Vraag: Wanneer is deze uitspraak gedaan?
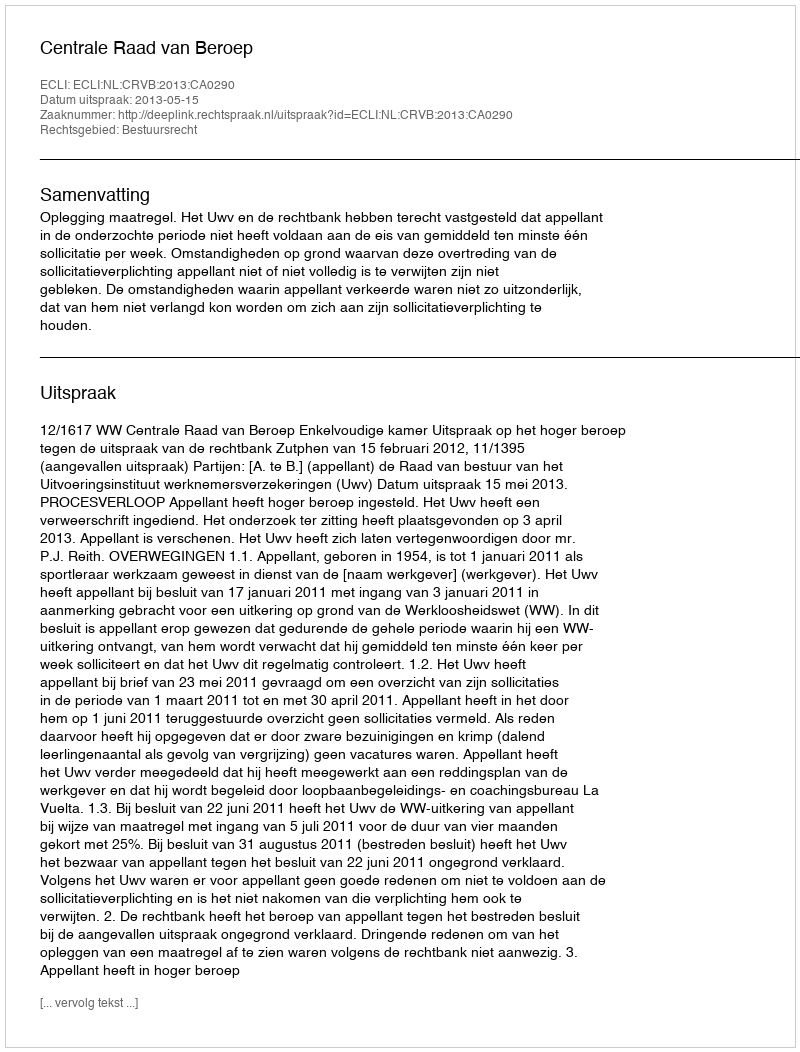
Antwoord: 2013-05-15